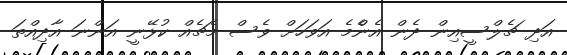
އަދި ޗެލްސީއިން ދެން އެންެމެ އަވަހަށް ވެސް މެޗެއް ކުޅޭނީ އަންނަ އާދިއްތަ